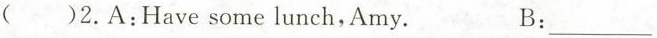
( )2.A:Have some lunch,Amy. B:___